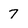
Character: 7